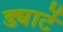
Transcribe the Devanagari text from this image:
ड्यार्टे